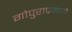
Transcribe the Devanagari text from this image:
गोपुराप्रमाणे